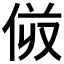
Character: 𠈼